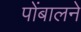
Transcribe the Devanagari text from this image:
पोंबालने